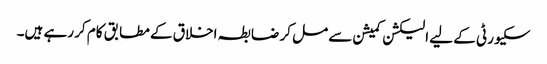
سکیورٹی کے لیے الیکشن کمیشن سے مل کر ضابطہ اخلاق کے مطابق کام کر رہے ہیں۔